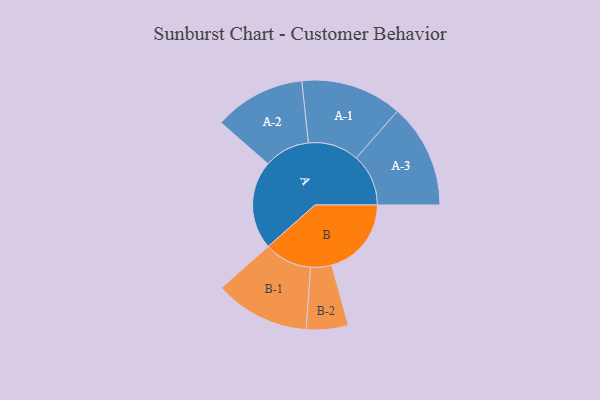
{"axis": {"x": "Segment", "y": "Value"}, "legend": ["", "A", "B"], "data": [{"x": "A", "y": 482, "type": ""}, {"x": "B", "y": 434, "type": ""}, {"x": "A-1", "y": 276, "type": "A"}, {"x": "A-2", "y": 249, "type": "A"}, {"x": "A-3", "y": 284, "type": "A"}, {"x": "B-1", "y": 259, "type": "B"}, {"x": "B-2", "y": 114, "type": "B"}]}